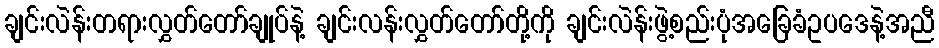
ချင်းလဲန်းတရားလွှတ်တော်ချုပ်နဲ့ ချင်းလန်းလွှတ်တော်တို့ကို ချင်းလဲန်းဖွဲ့စည်းပုံအခြေခံဥပဒေနဲ့အညီ